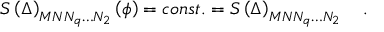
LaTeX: S \left( \Delta \right) _ { M N N _ { q } \ldots N _ { 2 } } \left( \phi \right) = c o n s t . = S \left( \Delta \right) _ { M N N _ { q } \ldots N _ { 2 } } \quad .